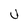
Character: U